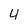
Character: 4